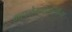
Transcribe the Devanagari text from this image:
महालेखापालांना